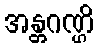
အန္တဂဏ္ဌိ